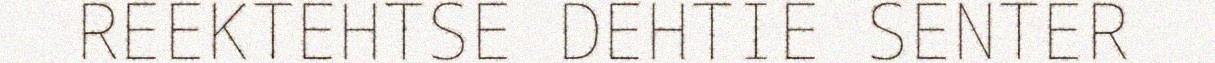
REEKTEHTSE DEHTIE SENTER